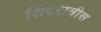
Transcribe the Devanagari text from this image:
शिवरात्रीस